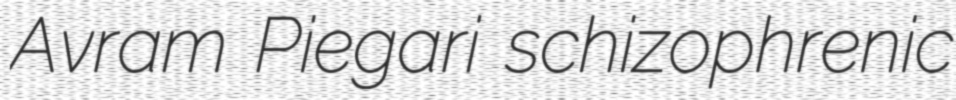
Avram Piegari schizophrenic